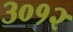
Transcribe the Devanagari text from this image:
३०१२